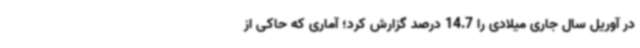
در آوریل سال جاری میلادی را 14.7 درصد گزارش کرد؛ آماری که حاکی از